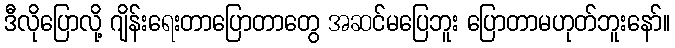
ဒီလိုပြောလို့ ဂျိန်းရေးတာပြောတာတွေ အဆင်မပြေဘူး ပြောတာမဟုတ်ဘူးနော်။